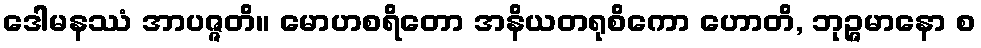
ဒေါမနဿံ အာပဇ္ဇတိ။ မောဟစရိတော အနိယတရုစိကော ဟောတိ, ဘုဉ္ဇမာနော စ